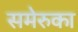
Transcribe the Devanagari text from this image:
समेरुका